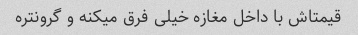
قیمتاش با داخل مغازه خیلی فرق میکنه و گرونتره